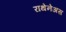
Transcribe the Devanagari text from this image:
राथेनेअस